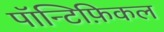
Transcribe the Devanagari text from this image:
पॉन्टिफ़िकल